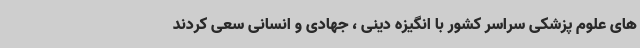
های علوم پزشکی سراسر کشور با انگیزه دینی ، جهادی و انسانی سعی کردند